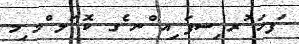
ަފހަ ުރ ިސފަ ިއ ްނ ެގ ކޮ ަލ ްމ ިމ